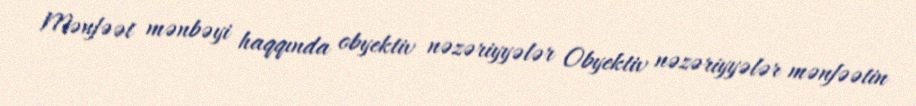
Mənfəət mənbəyi haqqında obyektiv nəzəriyyələr Obyektiv nəzəriyyələr mənfəətin